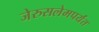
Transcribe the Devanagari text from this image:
जेरुसलेमपर्यंत